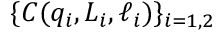
\{ C ( q _ { i } , L _ { i } , \ell _ { i } ) \} _ { i = 1 , 2 }